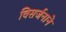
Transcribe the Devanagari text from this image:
विसर्जनाने